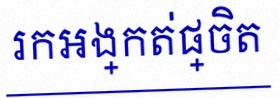
រកអង្កត់ផ្ចិត